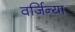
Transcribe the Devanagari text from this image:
वर्जिन्या